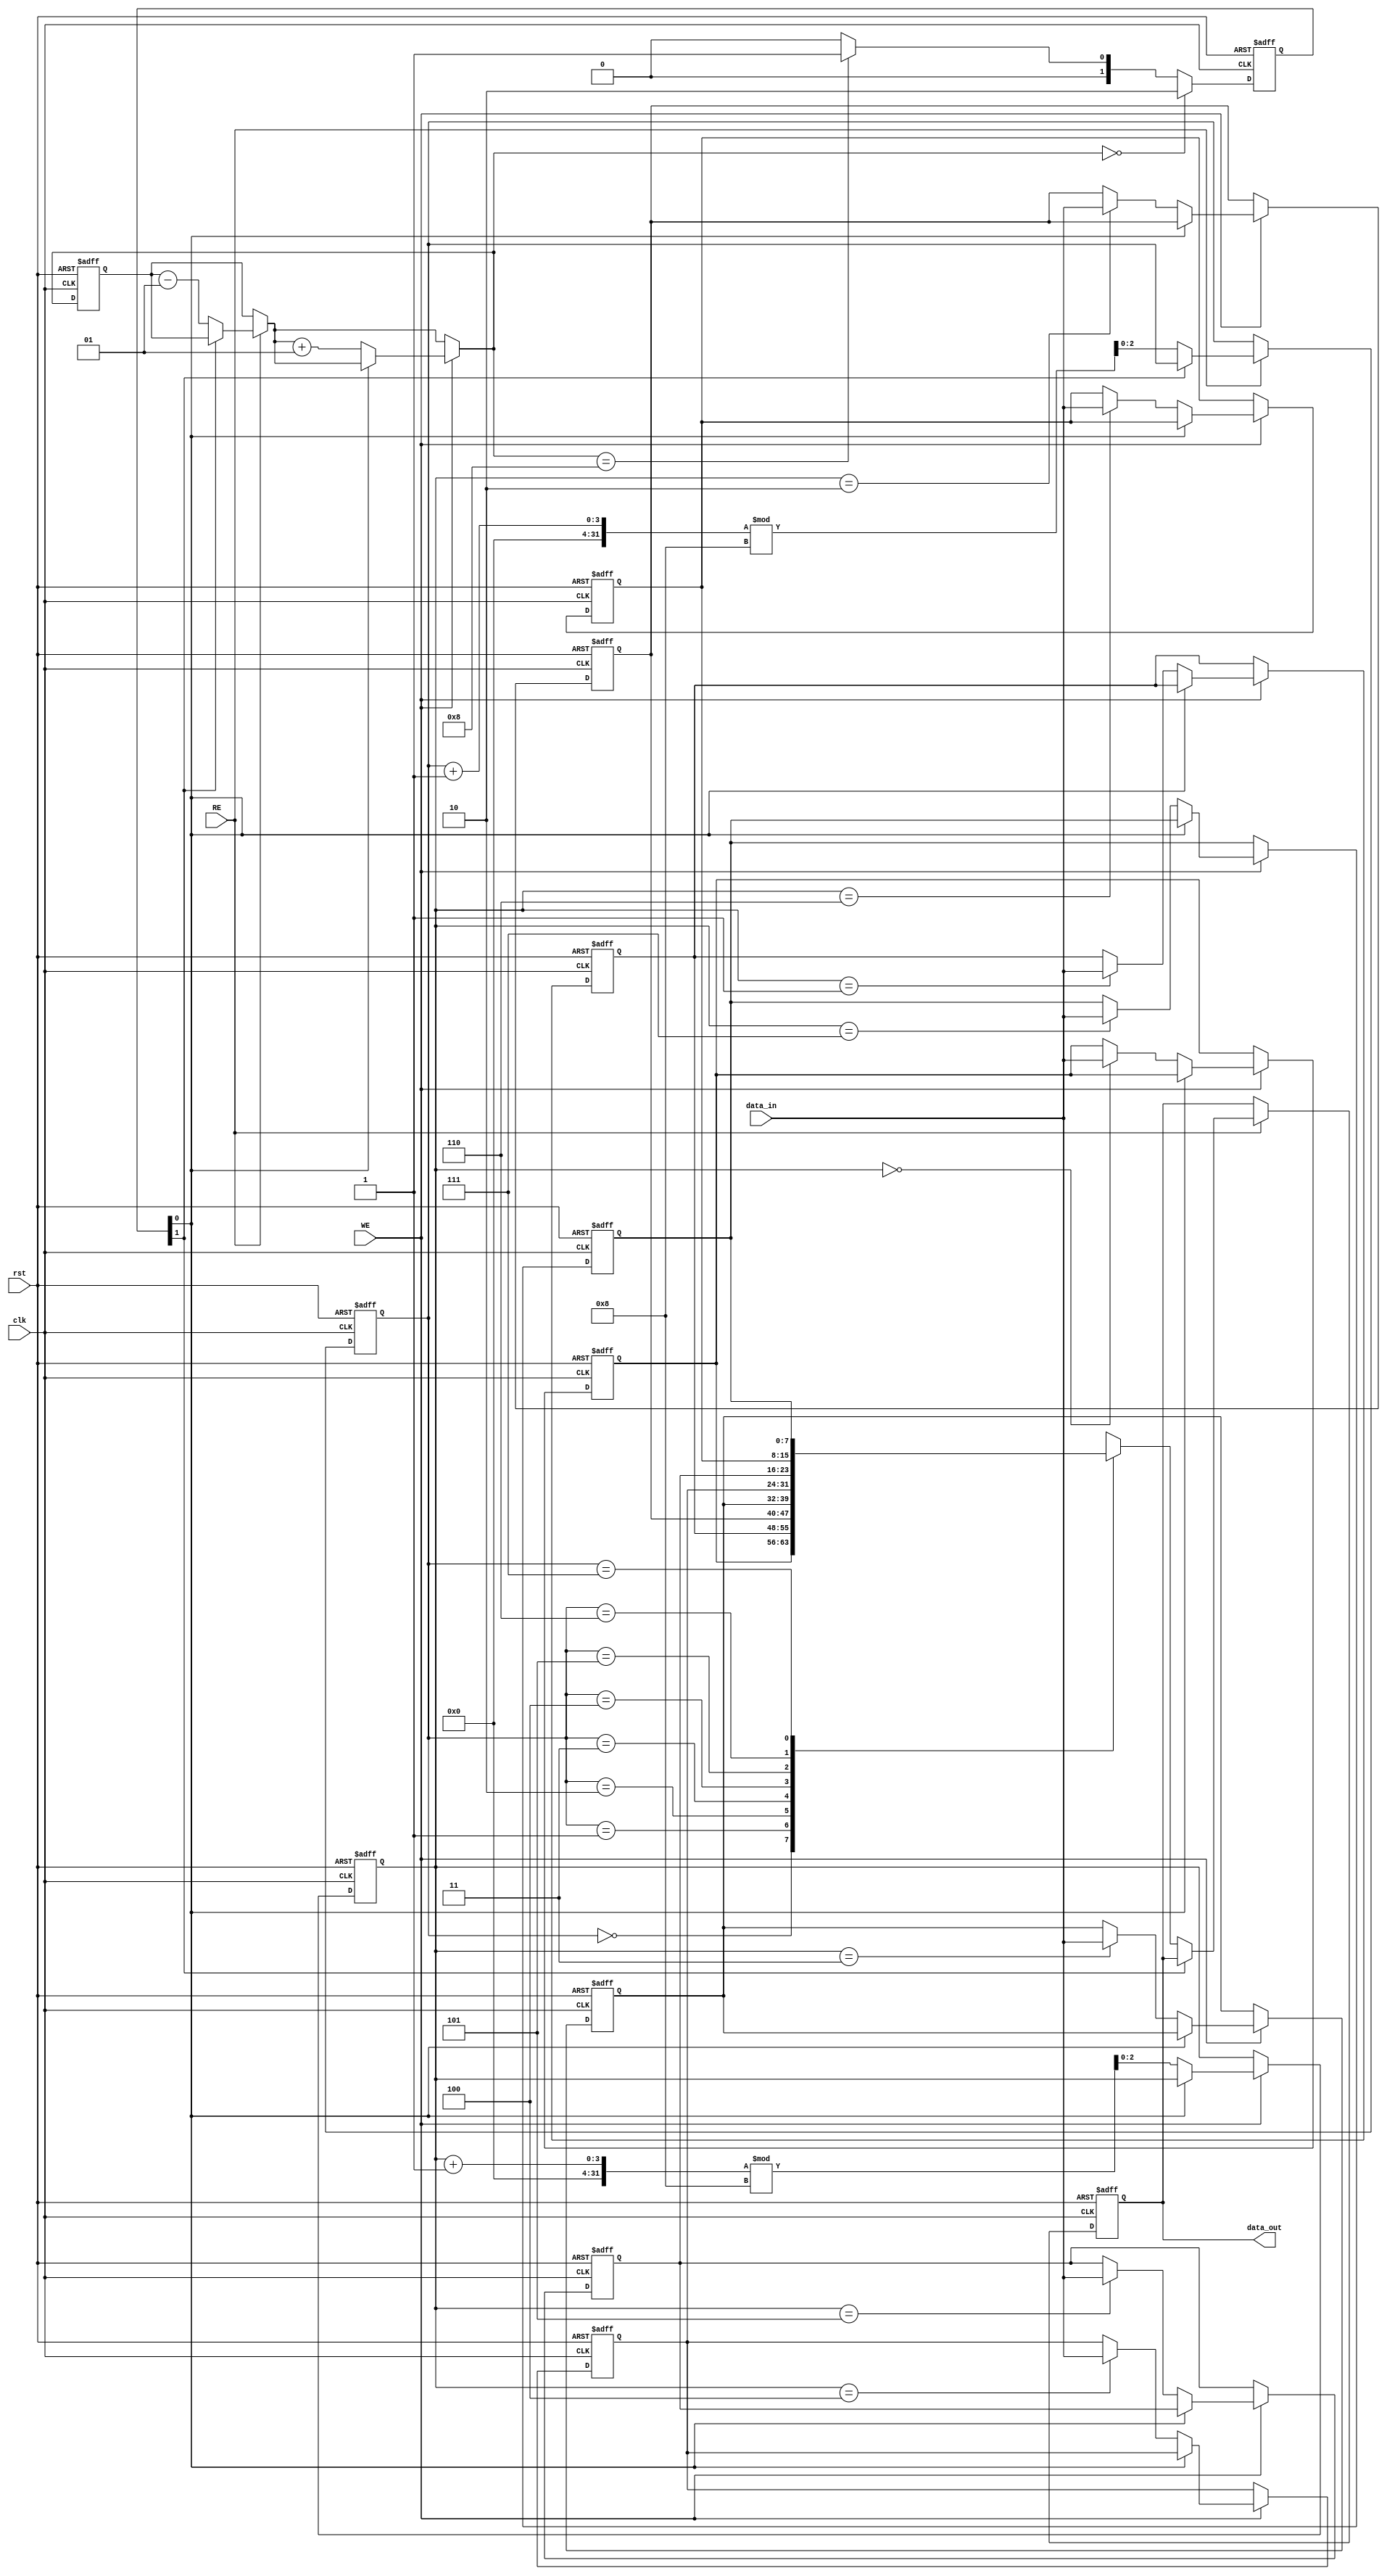
module fifo_memory #(
    parameter ADDR_SIZE = 3,
    parameter DEPTH = 8,
    parameter DATA_SIZE = 8
  )(
    input clk, rst,
    input [DEPTH-1:0] data_in,
    input WE, RE,
    output reg [DEPTH-1:0] data_out
  );

  reg [DEPTH-1:0] mem [DATA_SIZE-1:0];
  reg [ADDR_SIZE-1:0] rd_ptr, wr_ptr,rd_addr, wr_addr;
  integer N;
  reg [1:0] st;

  integer i;

  always @(posedge clk or negedge rst)
  begin : FIFO_MEMORY
    if (~rst)
    begin
      for (i = 0 ; i < DEPTH; i = i + 1)
      begin
        mem[i] <= 8'b00000000;
      end
      data_out = 8'b00000000;
      rd_ptr = 3'b000;
      wr_ptr = 3'b000;
      N = 0;
      st = 2'b00;
    end
    else
    begin
      if (RE)
      begin : READ_CONTROLLER
        if (~st[1])
        begin
          data_out <= mem[rd_ptr];
          rd_ptr <= (rd_ptr + 1) % DEPTH;
          N = N - 1;
        end
      end

      if (WE)
      begin : WRITE_CONTROLLER
        if (~st[0])
        begin
          mem[wr_ptr] <= data_in;
          wr_ptr <= (wr_ptr + 1) % DEPTH;
          N = N + 1;
        end
      end

      begin : FIFO_CONTROLLER
        if (N == 0)
          st <= 2'b10;
        else if (N == DEPTH)
          st <= 2'b01;
        else
          st <= 2'b00;
      end

    end
  end

endmodule